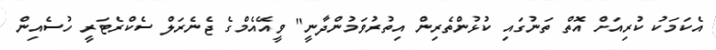
އެކަމަކު ކުރިއަށް އޮތް ތަނުގައި ކުޅުންތެރިން އިތުރުވަމުންދާނީ" ވީއޭއެމްގެ ޖެނެރަލް ސެކްރެޓަރީ ހުސެއިން